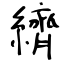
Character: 纃